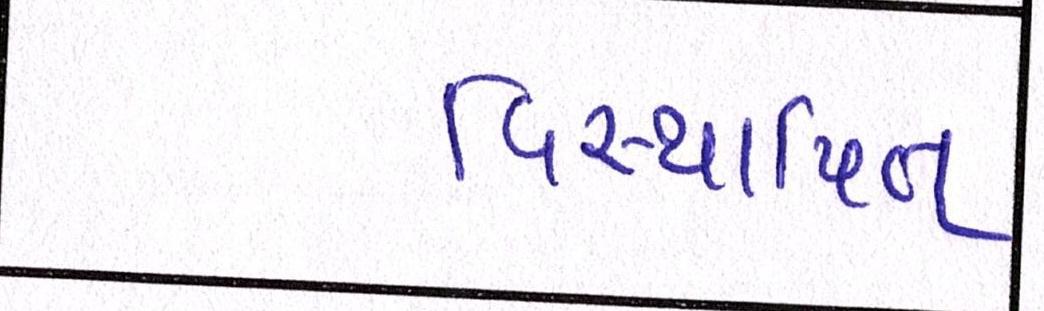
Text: વિસ્થાપિત